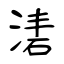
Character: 湱